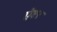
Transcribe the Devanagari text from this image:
ऐप्टर